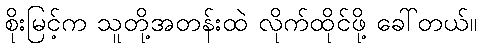
စိုးမြင့်က သူတို့အတန်းထဲ လိုက်ထိုင်ဖို့ ခေါ်တယ်။